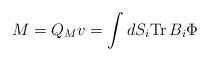
\begin{align*}M = Q_M v = \int dS_i {\rm Tr}\, B_i\Phi \end{align*}